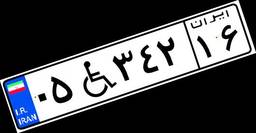
۰۵W۳۴۲۱۶